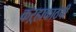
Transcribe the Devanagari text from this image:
कऱ्हाकाठची